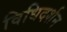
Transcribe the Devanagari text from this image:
विधिदर्शन